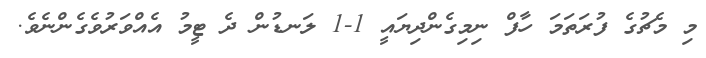
މި މެޗުގެ ފުރަތަމަ ހާފް ނިމިގެންދިޔައީ 1-1 ލަނޑުން ދެ ޓީމު އެއްވަރުވެގެންނެވެ.